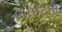
બાઈટનો